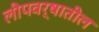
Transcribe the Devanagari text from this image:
लीपवर्षातील